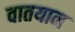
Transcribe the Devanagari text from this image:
वातयान